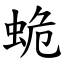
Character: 蛫